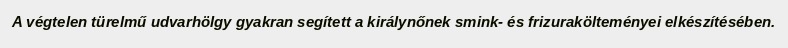
A végtelen türelmű udvarhölgy gyakran segített a királynőnek smink- és frizurakölteményei elkészítésében.